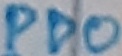
Text: PD0